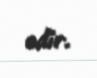
edir.